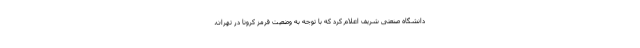
دانشگاه صنعتی شریف اعلام کرد که با توجه به وضعیت قرمز کرونا در تهران،